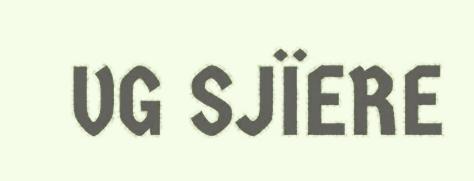
VG SJÏERE